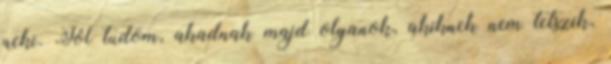
neki. Jól tudom, akadnak majd olyanok, akiknek nem tetszik,